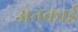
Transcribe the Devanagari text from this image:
अनकाई